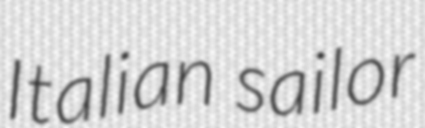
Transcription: Italian sailor